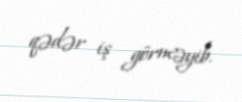
qədər iş görməyib.